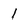
Character: I